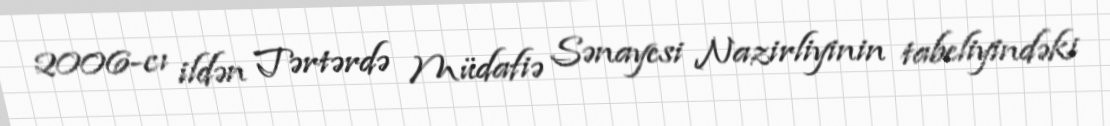
2006-cı ildən Tərtərdə Müdafiə Sənayesi Nazirliyinin tabeliyindəki